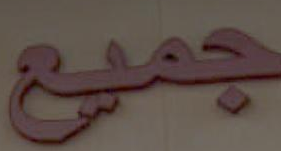
جميع